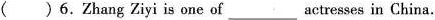
( )6.Zhang Ziyi is one of ___ actresses in China.